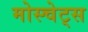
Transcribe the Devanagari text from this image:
मोस्चेट्स